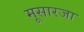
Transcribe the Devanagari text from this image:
मूसारजा